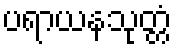
ပရာယနသုတ္တံ